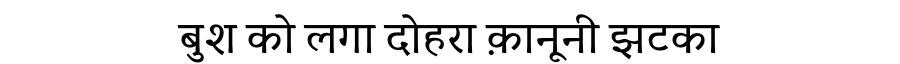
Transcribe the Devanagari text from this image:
बुश को लगा दोहरा क़ानूनी झटका